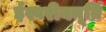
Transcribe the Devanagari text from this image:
ईश्वरीयमूर्ति